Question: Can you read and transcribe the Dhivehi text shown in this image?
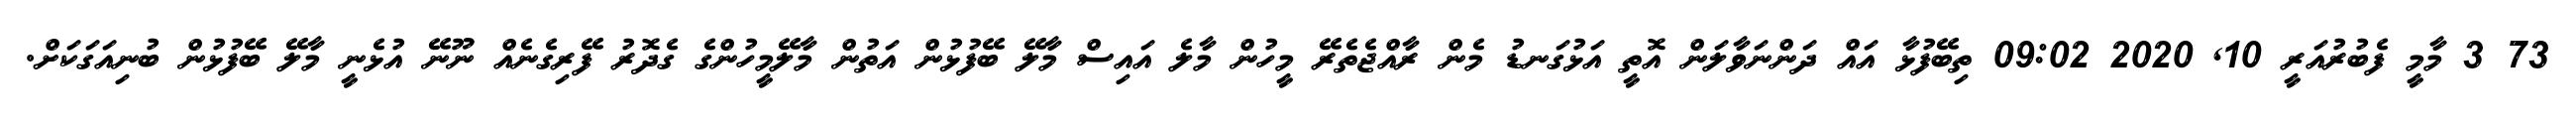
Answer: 73 3 މާމީ ފެބުރުއަރީ 10, 2020 09:02 ތިބޭފުޅާ އައް ދަންނަވާލަން އޮތީ އަޅުގަނޑު މެން ރާއްޖެތެރޭ މީހުން މާލެ އައިސް މާލޭ ބޭފުޅުން އަތުން މާލޭމީހުންގެ ގެދޮރު ފޭރިގެނެއް ނޫނޭ އުޅެނީ މާލޭ ބޭފުޅުން ބުނިއަގަކަށް.